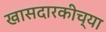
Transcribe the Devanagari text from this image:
खासदारकीच्या